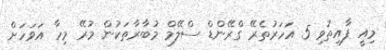
މިއީ ފާއިތުވި 5 އަހަރުތެރޭ ގްރޭންޑް ސްލޭމް މުބާރާތަކުން މުރޭ މިހާ އަވަހަށް